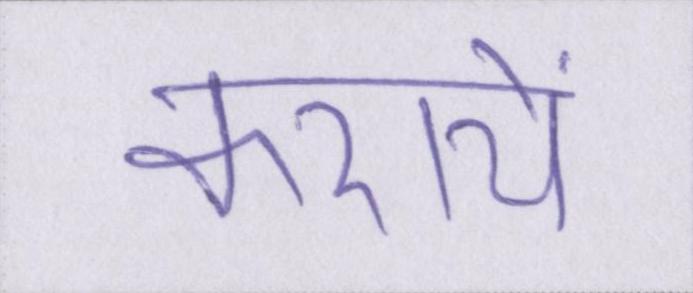
करायें